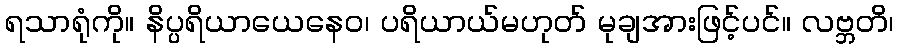
ရသာရုံကို။ နိပ္ပရိယာယေနေဝ၊ ပရိယာယ်မဟုတ် မုချအားဖြင့်ပင်။ လဗ္ဘတိ၊